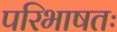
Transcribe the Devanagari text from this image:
परिभाषतः